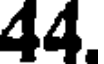
44.